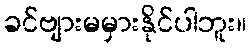
ခင်ဗျားမမှားနိုင်ပါဘူး။